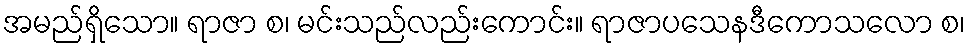
အမည်ရှိသော။ ရာဇာ စ၊ မင်းသည်လည်းကောင်း။ ရာဇာပသေနဒီကောသလော စ၊